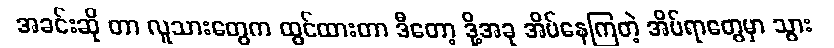
အခင်းဆို တာ လူသားတွေက ထွင်ထားတာ ဒီတော့ ဒို့အခု အိပ်နေကြတဲ့ အိပ်ရာတွေမှာ သွား